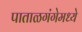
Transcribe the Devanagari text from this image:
पाताळगंगेमध्ये